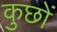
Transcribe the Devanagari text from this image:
कुछों